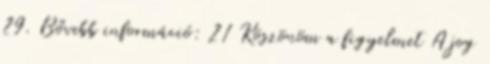
29. Bővebb információ: 21 Köszönöm a figyelmet A jog